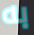
به